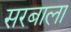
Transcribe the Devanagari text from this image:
सरबाला